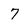
Character: 7